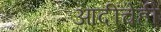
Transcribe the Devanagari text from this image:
आदींचेही